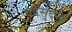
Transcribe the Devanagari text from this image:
रुद्रसुंदरी